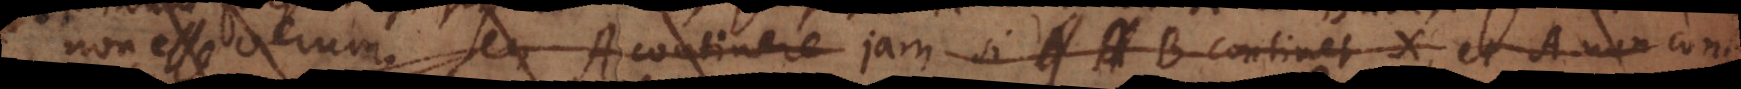
non esse verum, seu A continere jam si B continet X, et A non